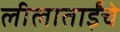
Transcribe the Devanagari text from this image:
लीलाताईंचे